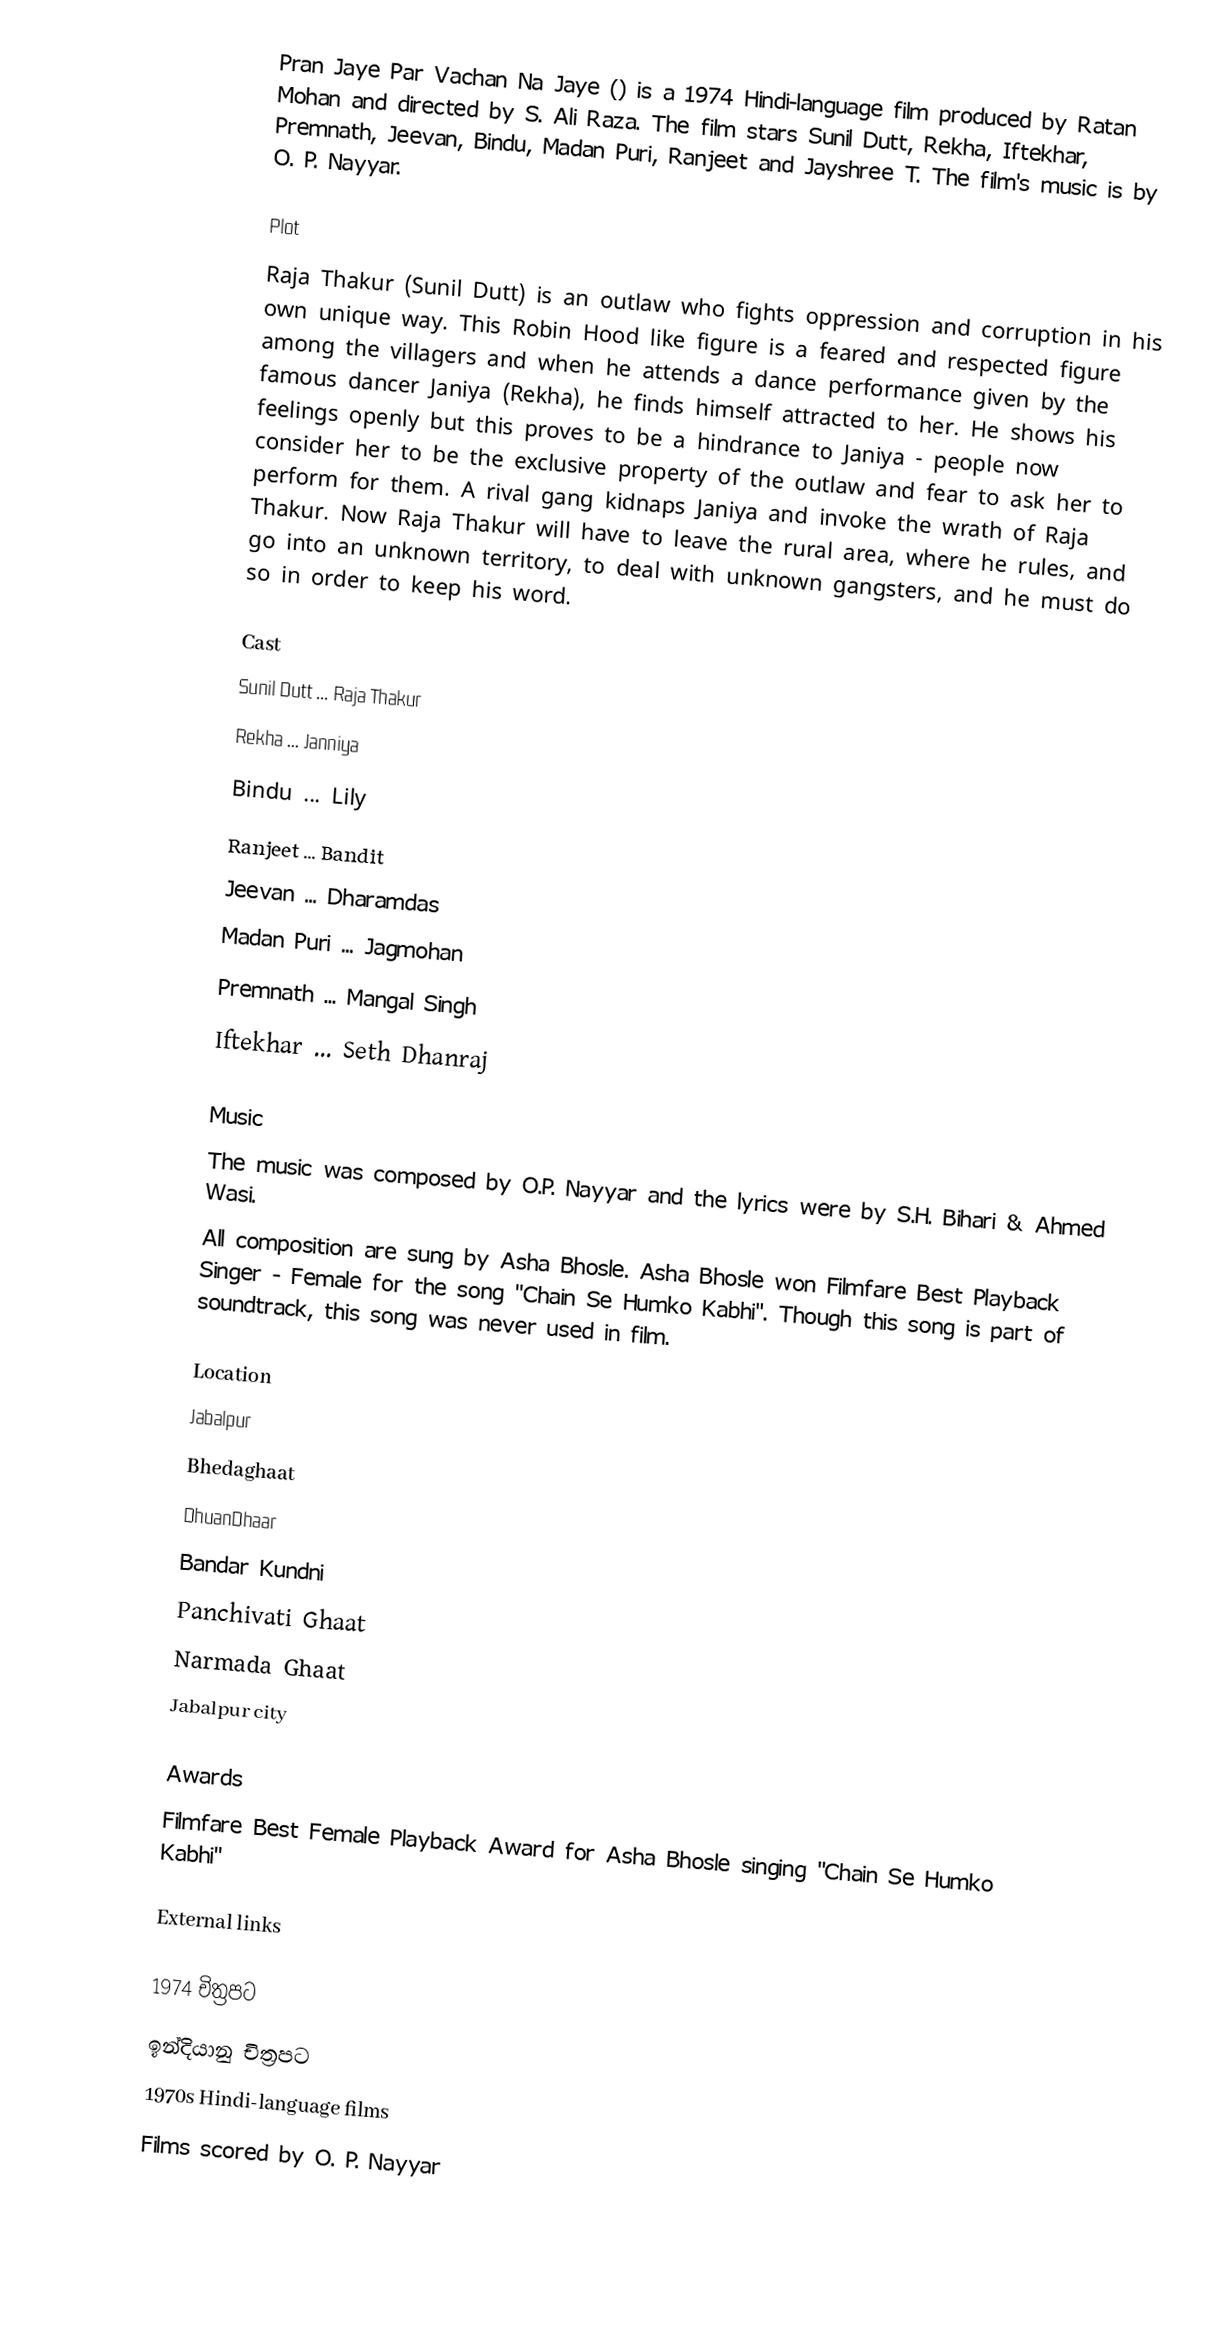
Pran Jaye Par Vachan Na Jaye () is a 1974 Hindi-language film produced by Ratan Mohan and directed by  S. Ali Raza. The film stars Sunil Dutt, Rekha, Iftekhar, Premnath, Jeevan, Bindu, Madan Puri, Ranjeet and Jayshree T. The film's music is by O. P. Nayyar.

Plot
Raja Thakur (Sunil Dutt) is an outlaw who fights oppression and corruption in his own unique way. This Robin Hood like figure is a feared and respected figure among the villagers and when he attends a dance performance given by the famous dancer Janiya (Rekha), he finds himself attracted to her. He shows his feelings openly but this proves to be a hindrance to Janiya - people now consider her to be the exclusive property of the outlaw and fear to ask her to perform for them. A rival gang kidnaps Janiya and invoke the wrath of Raja Thakur. Now Raja Thakur will have to leave the rural area, where he rules, and go into an unknown territory, to deal with unknown gangsters, and he must do so in order to keep his word.

Cast
Sunil Dutt	... Raja Thakur
Rekha ... Janniya
Bindu ... Lily
Ranjeet ... Bandit
Jeevan ...	Dharamdas
Madan Puri	... Jagmohan
Premnath ... Mangal Singh
Iftekhar ... Seth Dhanraj

Music
The music was composed by O.P. Nayyar and the lyrics were by S.H. Bihari & Ahmed Wasi.
All composition are sung by Asha Bhosle. Asha Bhosle won Filmfare Best Playback Singer - Female for the song "Chain Se Humko Kabhi". Though this song is part of soundtrack, this song was never used in film.

Location
 Jabalpur
 Bhedaghaat
 DhuanDhaar
 Bandar Kundni
 Panchivati Ghaat
 Narmada Ghaat
 Jabalpur city

Awards
Filmfare Best Female Playback Award for Asha Bhosle singing "Chain Se Humko Kabhi"

External links

1974 චිත්‍රපට
ඉන්දියානු චිත්‍රපට
1970s Hindi-language films
Films scored by O. P. Nayyar